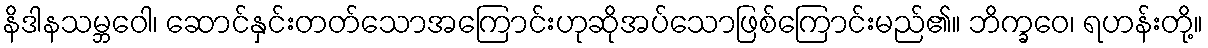
နိဒါနသမ္ဘဝေါ၊ ဆောင်နှင်းတတ်သောအကြောင်းဟုဆိုအပ်သောဖြစ်ကြောင်းမည်၏။ ဘိက္ခဝေ၊ ရဟန်းတို့။